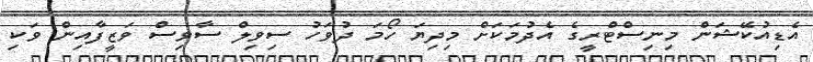
އެޑިއުކޭޝަން މިނިސްޓްރީގެ އެދުމަކަށް މިދިޔަ ހޯމަ ދުވަހު ސިވިލް ސާވިސް ވަޒީފާއިން ވަކި